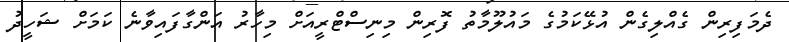
ދެމަފިރިން ގެއްލިގެން އުޅޭކަމުގެ މައުލޫމާތު ފޮރިން މިނިސްޓްރީއަށް މިހާރު އަންގާފައިވާނެ ކަމަށް ޝަހީދު